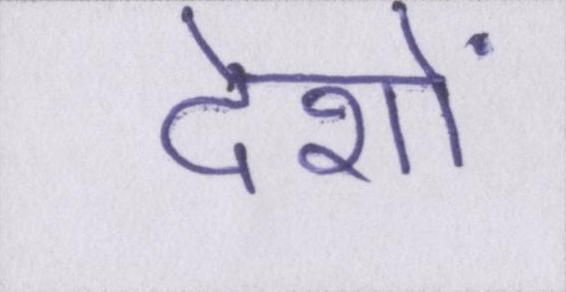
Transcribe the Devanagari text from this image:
देशों